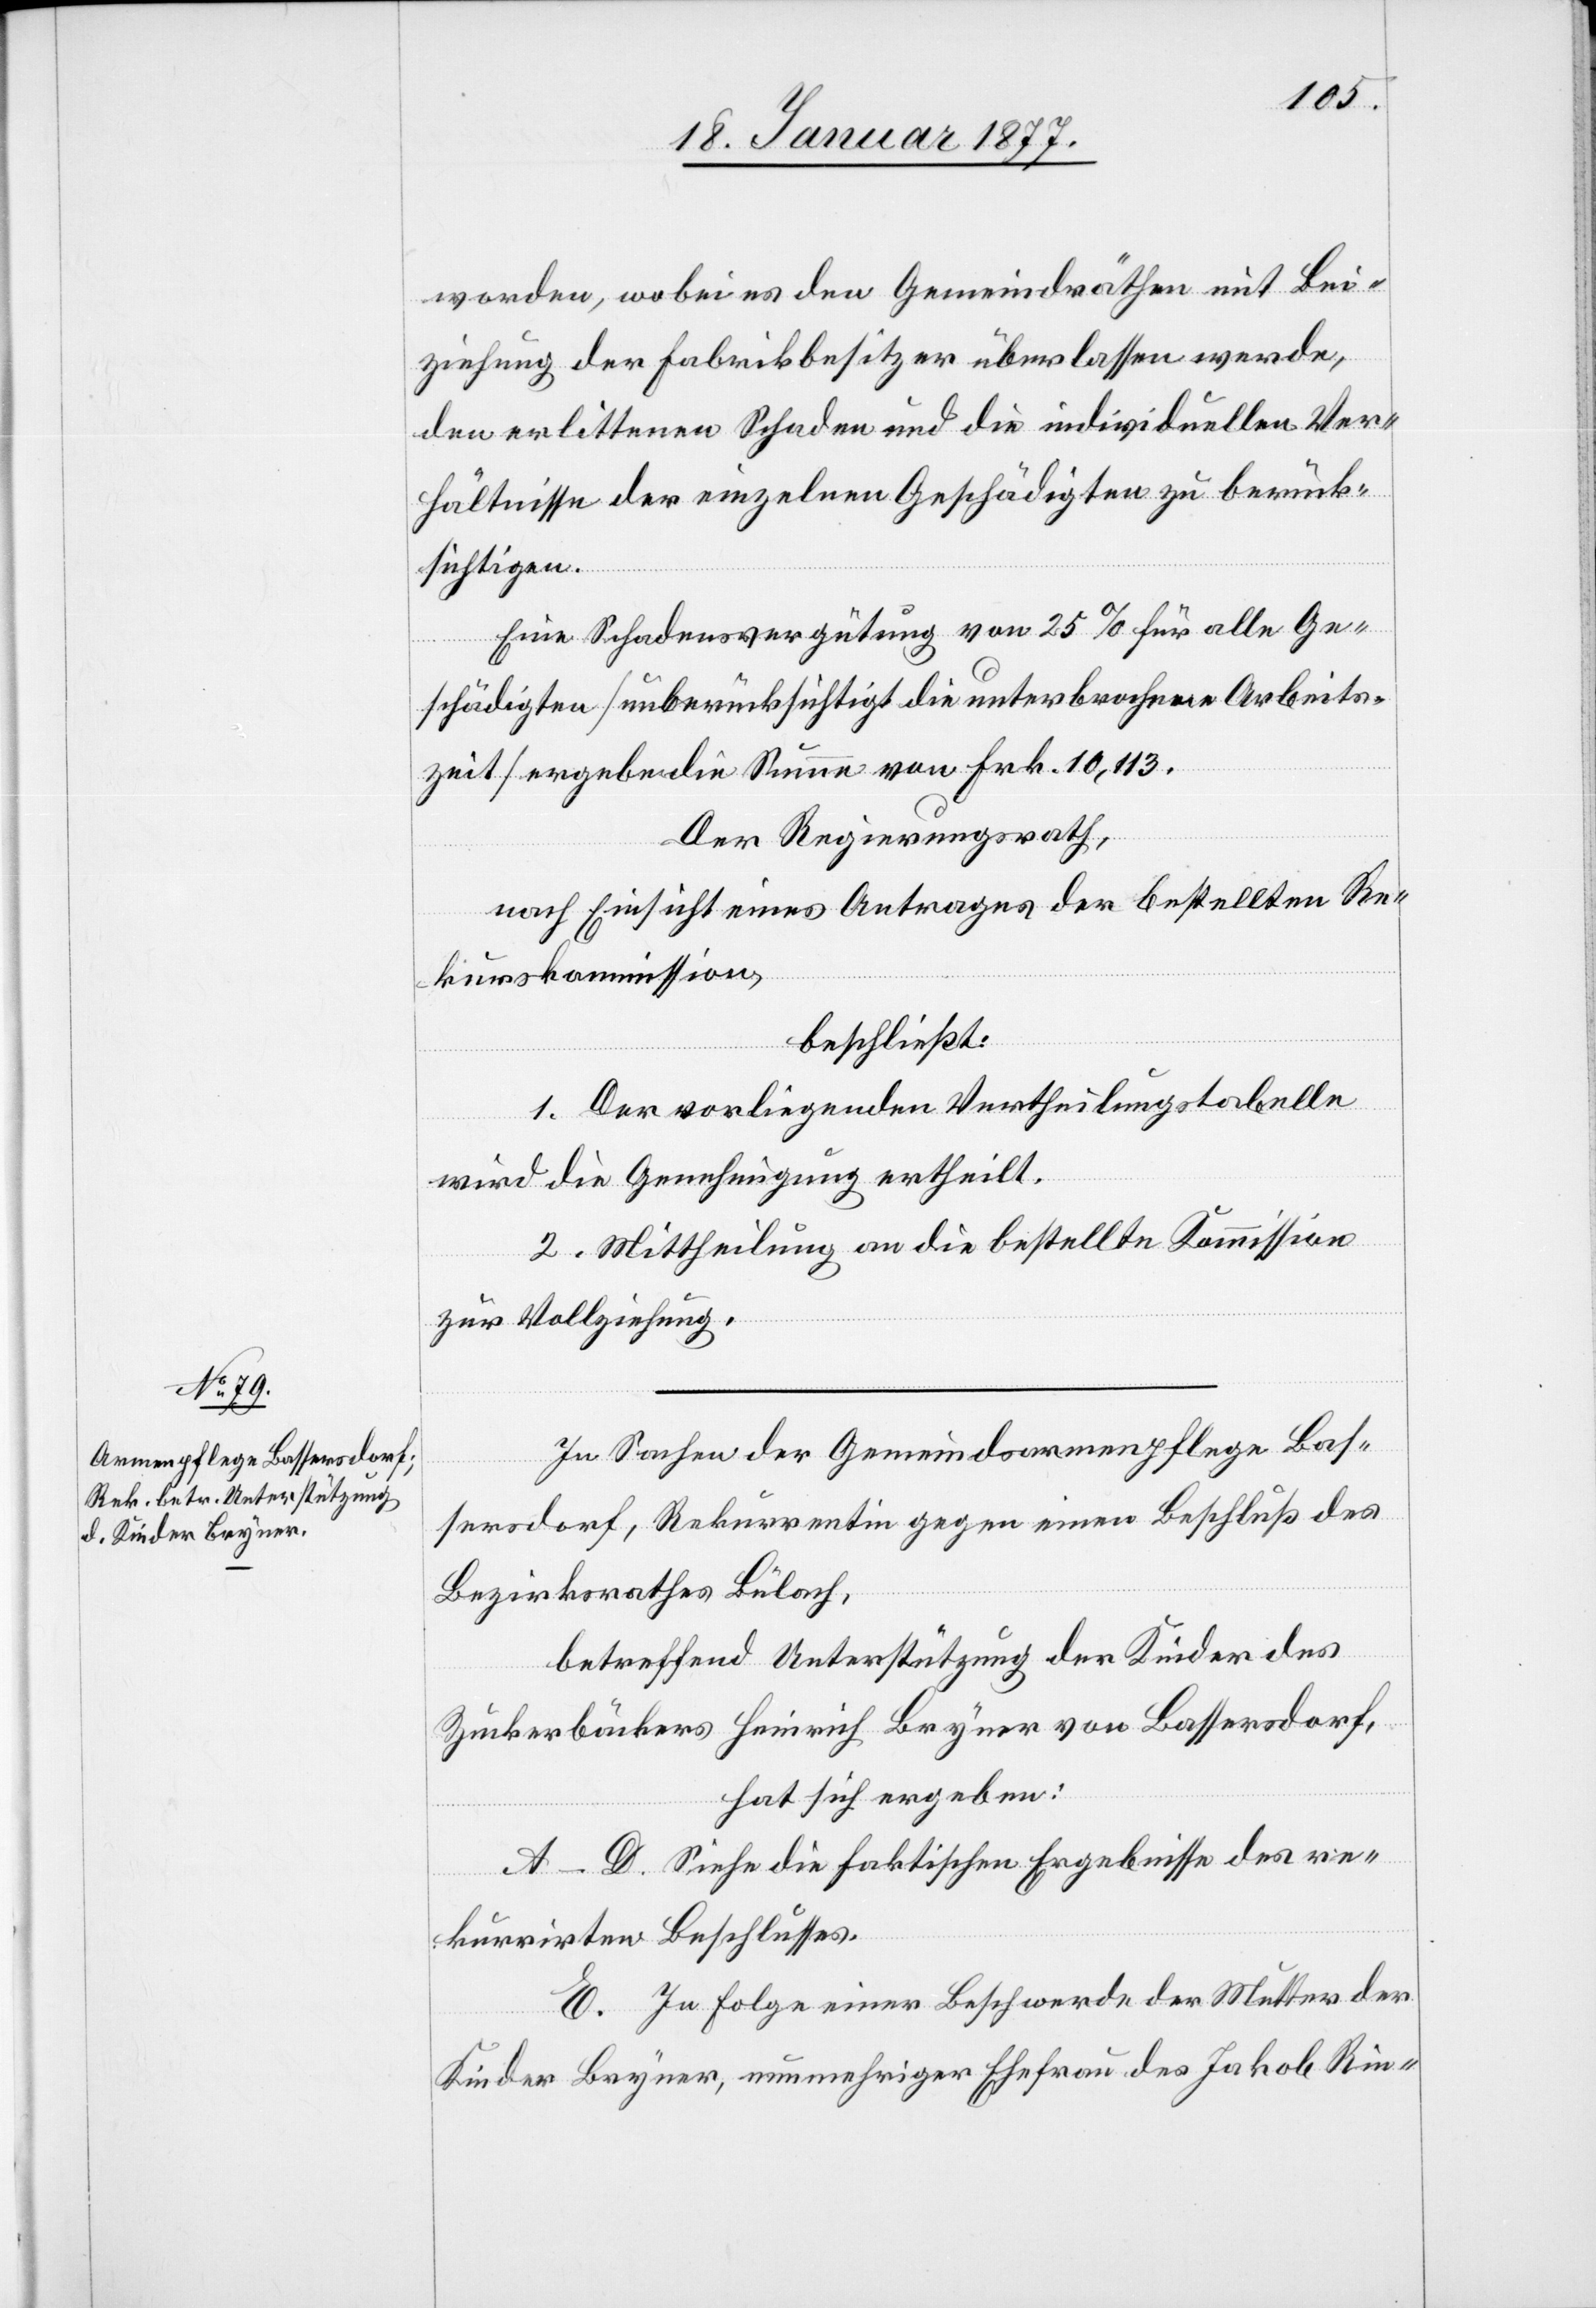
worden, wobei den Gemeindräthen mit Bei¬
ziehung der Fabrikbesitzer überlassen werde,
den erlittenen Schaden und die individuellen Ver¬
hältnisse der einzelnen Geschädigten zu berück¬
sichtigen.
Eine Schadensvergütung von 25% für alle Ge¬
schädigten [unberücksichtigt die unterbrochene Arbeits¬
zeit] ergebe die Summe von Frk. 10,113.
Der Regierungsrath,
nach Einsicht eines Antrages der betreffenden Re¬
kurskommission,
beschließt:
1. Der vorliegenden Vertheilungstabelle
wird die Genehmigung ertheilt.
2. Mittheilung an die bestellte Kommission
zur Vollziehung.
In Sachen der Gemeindsarmenpflege Bas¬
sersdorf, Rekurrentin gegen einen Beschluß des
Bezirksrathes Bülach,
betreffend Unterstützung der Kinder des
Zuckerbäckers Heinrich Bryner von Bassersdorf,
hat sich ergeben:
A–D. Siehe die faktischen Ergebnisse des re¬
kurrirten Beschlusses.
E. In Folge einer Beschwerde der Mutter der
Kinder Bryner, nunmehriger Ehefrau des Jakob Rin-